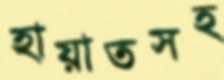
হায়াতসহ